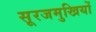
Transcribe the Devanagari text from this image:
सूरजमुखियों